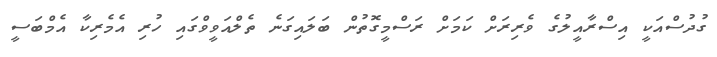
ގުދުސްއަކީ އިސްރާއީލުގެ ވެރިރަށް ކަމަށް ރަސްމީގޮތުން ބަލައިގަނެ ތެލްއަވީވްގައި ހުރި އެމެރިކާ އެމްބަސީ